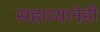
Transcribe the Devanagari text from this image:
सहाय्यानेही